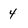
Character: 4